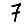
Digit: 7